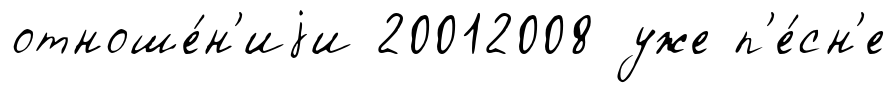
отноше́н'иjи 20012008 уже п'е́сн'е